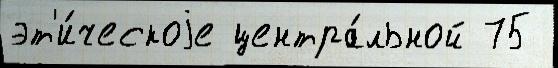
эт'и́ческоjе центра́льной 75